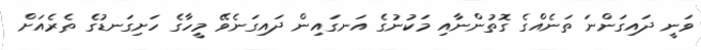
ވަނީ ދައިގަންނަ ތަނެއްގެ ގޮތުންނާއި މަކުނުގެ އަނގައިން ދައިގަނެވޭ މީހާގެ ހަށިގަނޑުގެ ތެރެއަށް